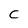
Character: C